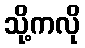
သို့ကလို